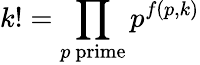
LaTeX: k!=\prod_{p{\mathrm{~prime}}}p^{f(p,k)}